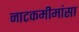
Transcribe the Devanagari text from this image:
नाटकमीमांसा